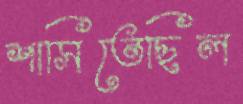
শাসিতেছিল